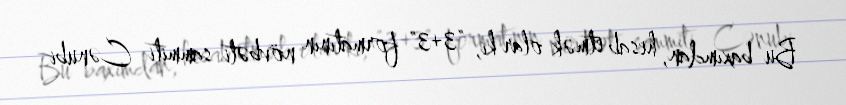
Bu baxımdan, hesab etmək olar ki, "3+3" formatının növbəti sammiti Cənubi